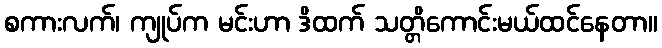
စကားလက်၊ ကျုပ်က မင်းဟာ ဒိထက် သတ္တိကောင်းမယ်ထင်နေတာ။